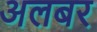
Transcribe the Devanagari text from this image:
अलबर